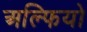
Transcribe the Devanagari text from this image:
अल्फियो